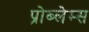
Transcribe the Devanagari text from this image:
प्रोब्लेम्स